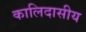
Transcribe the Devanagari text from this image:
कालिदासीय